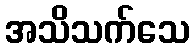
အသိသက်သေ